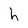
Character: h